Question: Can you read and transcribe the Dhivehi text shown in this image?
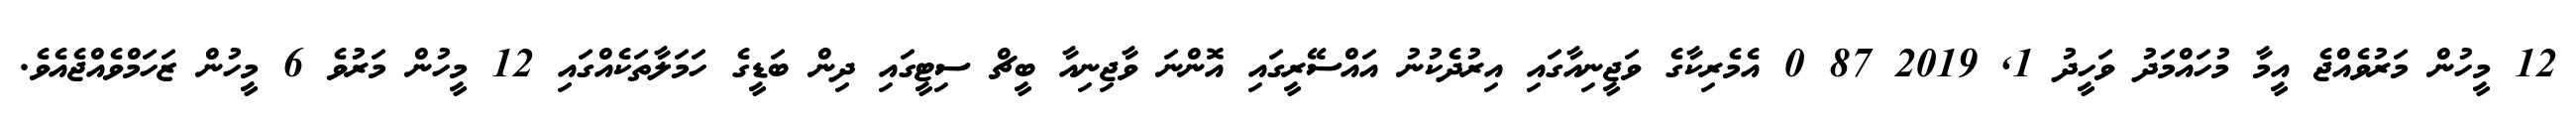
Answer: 12 މީހުން މަރުވެއްޖެ އީމާ މުހައްމަދު ވަހީދު 1, 2019 87 0 އެމެރިކާގެ ވަޖީނިއާގައި އިރުދެކުނު އައްސޭރީގައި އޮންނަ ވާޖިނިއާ ބީޗް ސިޓީގައި ދިން ބަޑީގެ ހަމަލާތަކެއްގައި 12 މީހުން މަރުވެ 6 މީހުން ޒަހަމްވެއްޖެއެވެ.